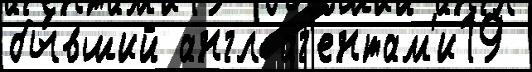
бы́вший англ аг'ентам'и19